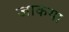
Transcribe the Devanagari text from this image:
जाकया